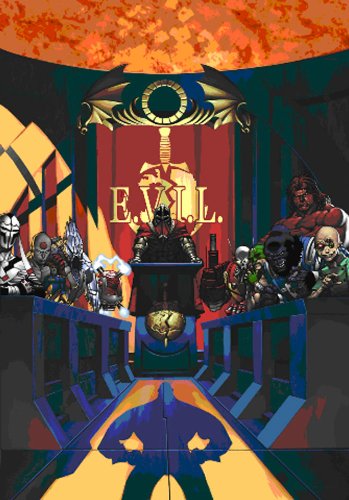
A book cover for Mutants Masterminds Gm's Guide; Steve Kenson; Science Fiction & Fantasy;